Medical and sanitary report on the native army of Bombay for the year
Year: 1877
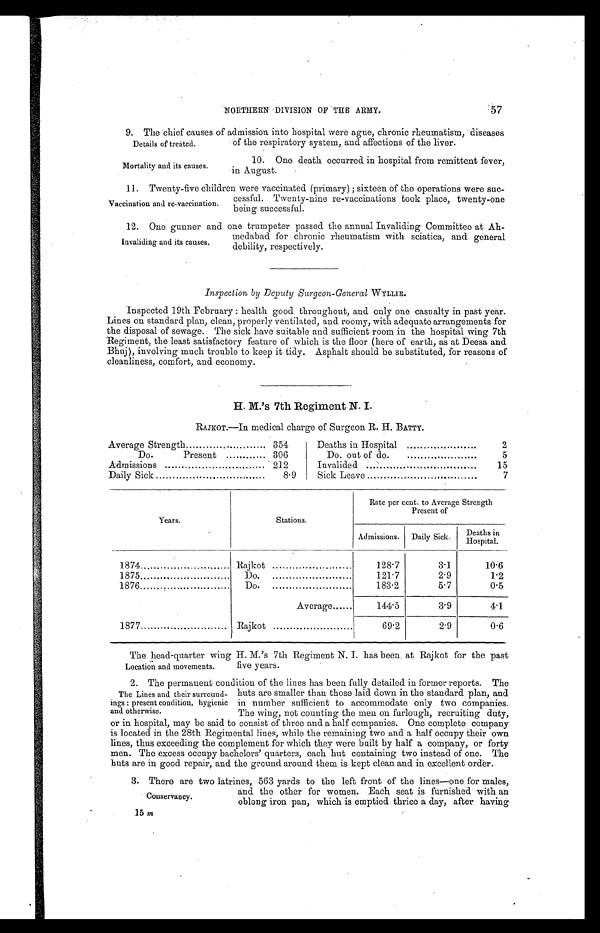
NORTHERN DIVISION OF THE ARMY.
57
Details of treated.
9. The chief causes of admission into hospital were ague, chronic rheumatism, diseases
of the respiratory system, and affections of the liver.
Mortality and its causes.
10. One death occurred in hospital from remittent fever,
in August.
Vaccination and re-vaccination.
11. Twenty-five children were vaccinated (primary) ; sixteen of the operations were suc-
cessful. Twenty-nine re-vaccinations took place, twenty-one
being successful.
12. One gunner and one trumpeter passed the annual Invaliding Committee at Ah-
medabad for chronic rheumatism with sciatica, and general
debility, respectively.
Inspection by Deputy Surgeon-General WYLLIE.
Inspected 19th February : health good throughout, and only one casualty in past year.
Lines on standard plan, clean, properly ventilated, and roomy, with adequate arrangements for
the disposal of sewage. The sick have suitable and sufficient room in the hospital wing 7th
Regiment, the least satisfactory feature of which is the floor (here of earth, as at Deesa and
Bhuj), involving much trouble to keep it tidy. Asphalt should be substituted, for reasons of
cleanliness, comfort, and economy.
H. M.'s 7th Regiment N. I.
RAJKOT.—In medical charge of Surgeon R. H. BATTY.
Average Strength
354
Deaths in Hospital
2
Do.
Present
306
Do out of do.
5
Admissions
' 212
Invalided
15
Daily Sick
8.9
Sick Leave
7
Years.
Stations.
Rate per cent. to Average Strength
Present of
Admissions. Daily Sick.
Deaths in
Hospital.
1874
Rajkot
128.7
3.1
10.6
1875
Do.
121.7
2.9
1.2
1876
Do.
183.2
5.7
0.5
Average
144.5
3.9
4.1
1877
Rajkot
69.2
2.9
0.6
L o c a t i o n a n d m o v e m e n t s .
The head-quarter wing H. M.'s 7th Regiment N. I. has been. at Rajkot for the past
five years.
The Lines and their surround-
ings : present condition, hygienic
and otherwise.
2. The permanent condition of the lines has been fully detailed in former reports. The
huts are smaller than those laid down in the standard plan, and
in number sufficient to accommodate only two companies.
The wing, not counting the men on furlough, recruiting duty,
or in hospital, may be said to consist of three and a half companies. One complete company
is located in the 28th Regimental lines, while the remaining two and a half occupy their own
lines, thus exceeding the complement for which they were built by half a company, or forty
men. The excess occupy bachelors' quarters, each hut containing two instead of one. The
huts are in good repair, and the ground around them is kept clean and in excellent order.
Location and movements.
The Lines and their surround-
ings : present condition, hygienic
and otherwise.
C o n s e r v a n c y .
3. There are two latrines, 563 yards to the left front of the lines—one for males,
and the other for women. Each seat is furnished with an
oblong iron pan, which is emptied thrice a day, after having
15m